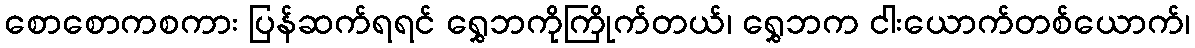
စောစောကစကား ပြန်ဆက်ရရင် ရွှေဘကိုကြိုက်တယ်၊ ရွှေဘက ငါးယောက်တစ်ယောက်၊